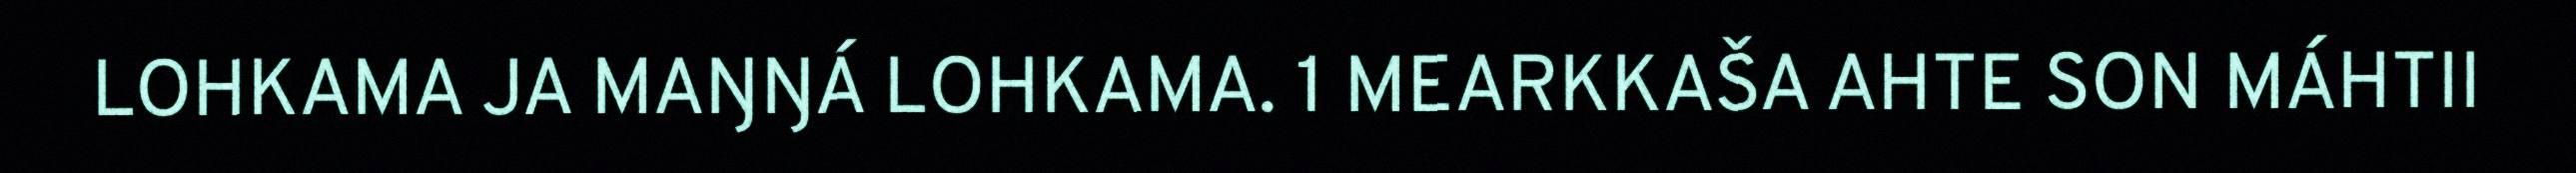
LOHKAMA JA MAŊŊÁ LOHKAMA. 1 MEARKKAŠA AHTE SON MÁHTII